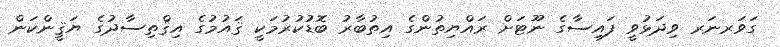
ގަވަރނަރ ވިދަޅުވީ ފައިސާގެ ނޫޓަށް ރައްޔިތުންގެ އިތުބާރު ބޮޑުކުރުމަކީ ޤައުމުގެ އިޤްތިސާދުގެ ޔަޤީންކަން